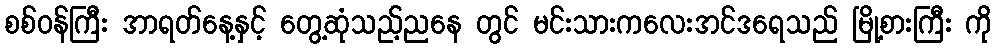
စစ်ဝန်ကြီး အာရတ်နေ့နှင့် တွေ့ဆုံသည့်ညနေ တွင် မင်းသားကလေးအင်ဒရေသည် မြို့စားကြီး ကို